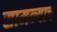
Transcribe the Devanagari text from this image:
सामन्याचं